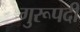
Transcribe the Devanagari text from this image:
गुरूपदी